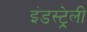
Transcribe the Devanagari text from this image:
इंडस्ट्रेली